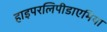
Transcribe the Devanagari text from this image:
हाइपरलिपीडाएमिया